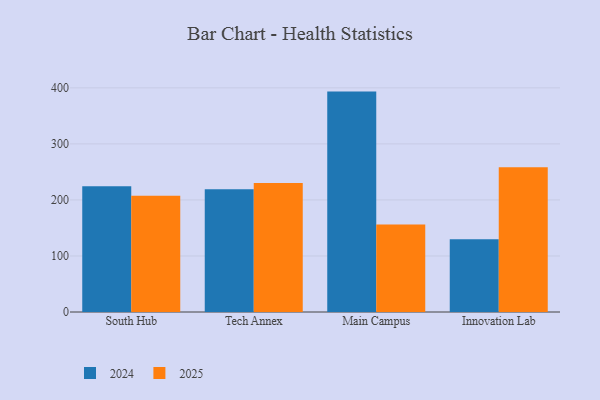
{"axis": {"x": "Campus", "y": "Backlog"}, "legend": ["2024", "2025"], "data": [{"x": "South Hub", "y": 224.2, "type": "2024"}, {"x": "South Hub", "y": 207.5, "type": "2025"}, {"x": "Tech Annex", "y": 219.0, "type": "2024"}, {"x": "Tech Annex", "y": 230.2, "type": "2025"}, {"x": "Main Campus", "y": 393.3, "type": "2024"}, {"x": "Main Campus", "y": 156.2, "type": "2025"}, {"x": "Innovation Lab", "y": 129.9, "type": "2024"}, {"x": "Innovation Lab", "y": 258.3, "type": "2025"}]}